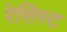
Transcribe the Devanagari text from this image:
रेसिस्ट